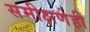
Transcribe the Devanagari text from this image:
समीक्षणेही